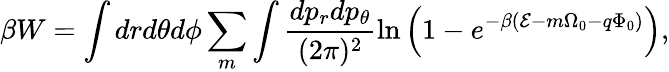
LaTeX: \beta W=\int drd\theta d\phi\sum_{m}\int\frac{dp_{r}dp_{\theta}}{(2\pi)^{2}}\ln\left(1-e^{-\beta({\cal E}-m\Omega_{0}-q\Phi_{0})}\right),